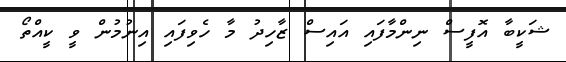
ޝަކީބާ އޮފީސް ނިންމާފައި އައިސް ޒާހިދު މާ ހެވިފައި އިނުމުން ވީ ކީއްތޯ